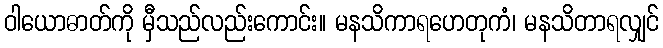
ဝါယောဓာတ်ကို မှီသည်လည်းကောင်း။ မနသိကာရဟေတုကံ၊ မနသိတာရလျှင်